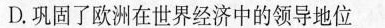
D.巩固了欧洲在世界经济中的领导地位